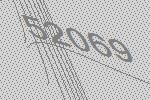
52069